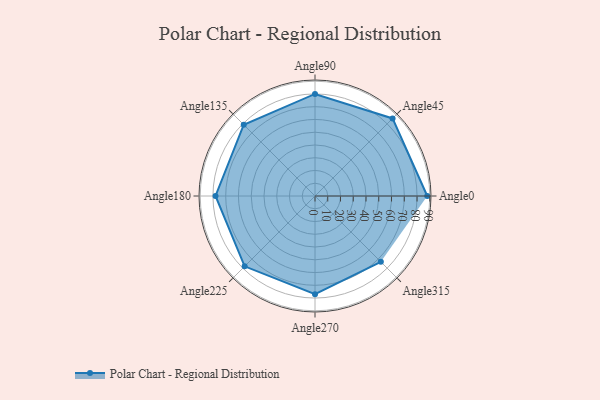
{"axis": {"x": "Angle", "y": "Radius"}, "legend": [""], "data": [{"x": "Angle0", "y": 88.0, "type": ""}, {"x": "Angle45", "y": 86.0, "type": ""}, {"x": "Angle90", "y": 80.0, "type": ""}, {"x": "Angle135", "y": 79.0, "type": ""}, {"x": "Angle180", "y": 78.0, "type": ""}, {"x": "Angle225", "y": 78.0, "type": ""}, {"x": "Angle270", "y": 77.0, "type": ""}, {"x": "Angle315", "y": 73.0, "type": ""}]}